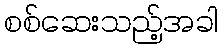
စစ်ဆေးသည့်အခါ